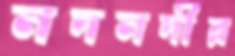
নদনদীর